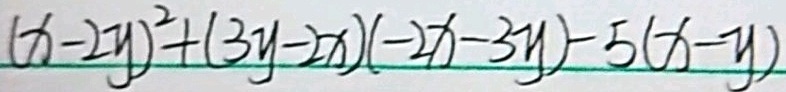
( x - 2 y ) ^ { 2 } + ( 3 y - 2 x ) ( - 2 x - 3 y ) - 5 ( x - y )